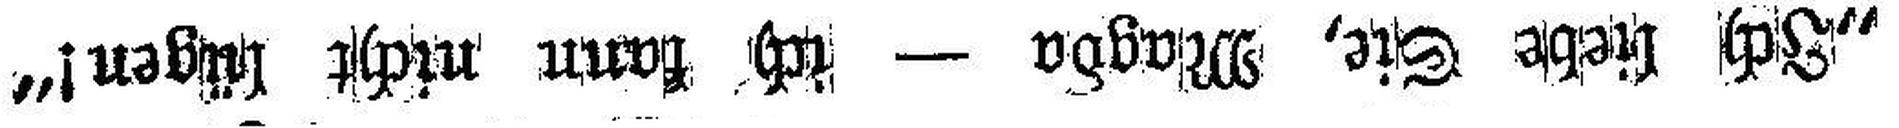
„Ich liebe Sie, Magda — ich kann nicht lügen!“